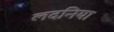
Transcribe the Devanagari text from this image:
लदनिया